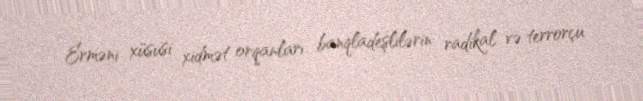
Erməni xüsusi xidmət orqanları banqladeşlilərin radikal və terrorçu